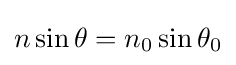
n\sin \theta =n_{0}\sin \theta _{0}